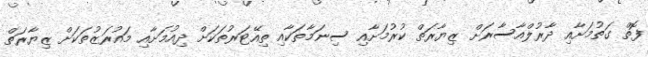
ފޮތް ގަތުމަށާއި ދާރުލްއާސާރަށް ޒިޔާރަތް ކުރުމަށާއި ސިނަމާތަކާއި ތިއޭޓަރުތަކަށް ދިއުމަށާއި މައުރަޒުތަކަށް ޒިޔާރަތް